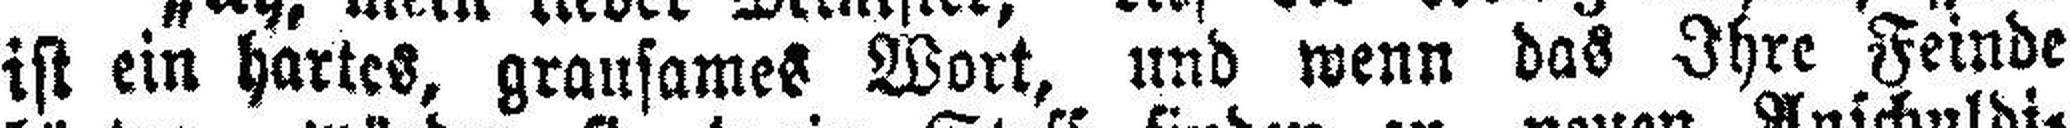
ist ein hartes, grausames Wort, und wenn das Ihre Feinde